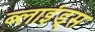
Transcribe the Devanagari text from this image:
ब्लाइंड्स